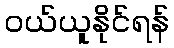
ဝယ်ယူနိုင်ရန်